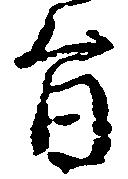
旨